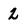
Character: 2